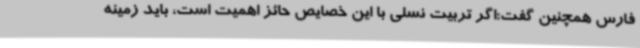
فارس همچنین گفت:اگر تربیت نسلی با این خصایص حائز اهمیت است، باید زمینه